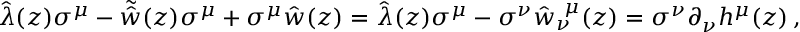
\hat { \lambda } ( z ) \sigma ^ { \mu } - \tilde { \hat { w } } ( z ) \sigma ^ { \mu } + \sigma ^ { \mu } \hat { w } ( z ) = \hat { \lambda } ( z ) \sigma ^ { \mu } - \sigma ^ { \nu } \hat { w } _ { \nu } ^ { ~ \mu } ( z ) = \sigma ^ { \nu } \partial _ { \nu } h ^ { \mu } ( z ) \, ,